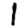
Digit: 1